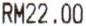
RM22.00